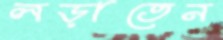
লড়াতেন